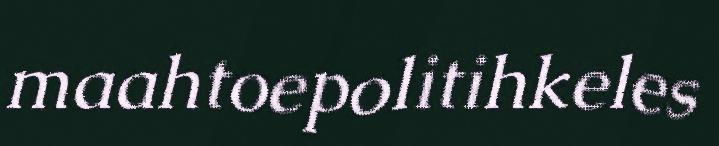
maahtoepolitihkeles